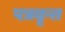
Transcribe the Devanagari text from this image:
पत्रवृन्त